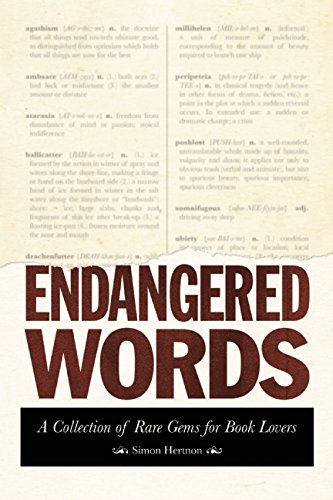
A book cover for Endangered Words: A Collection of Rare Gems for Word Lovers; Simon Hertnon; Reference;